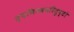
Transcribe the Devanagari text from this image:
त्यभिनवपरितुष्टो